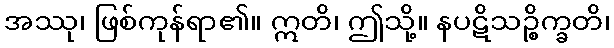
အဿု၊ ဖြစ်ကုန်ရာ၏။ ဣတိ၊ ဤသို့။ နပဋိသဉ္စိက္ခတိ၊